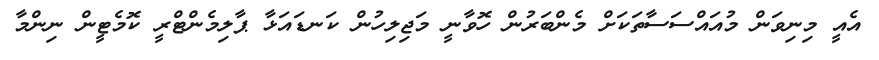
އެއީ މިނިވަން މުއައްސަސާތަކަށް މެންބަރުން ހޮވާނީ މަޖިލިހުން ކަނޑައަޅާ ޕާލިމެންޓްރީ ކޮމެޓީން ނިންމާ